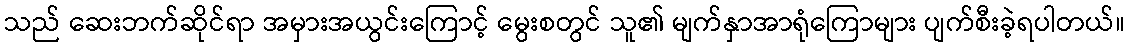
သည် ဆေးဘက်ဆိုင်ရာ အမှားအယွင်းကြောင့် မွေးစတွင် သူ၏ မျက်နှာအာရုံကြောများ ပျက်စီးခဲ့ရပါတယ်။